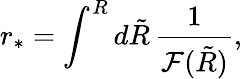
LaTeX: {r_{*}}=\int^{R}d\tilde{R}\, \frac{1}{{\cal F}(\tilde{R})},